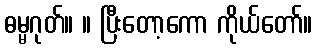
ဓမ္မဂုတ်။ ။ ပြီးတော့ကော ကိုယ်တော်။